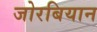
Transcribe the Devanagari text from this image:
जोरबियान